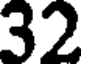
32